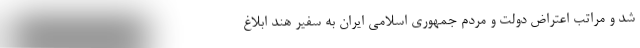
شد و مراتب اعتراض دولت و مردم جمهوری اسلامی ایران به سفیر هند ابلاغ